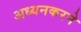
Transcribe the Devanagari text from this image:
अध्यनकरने